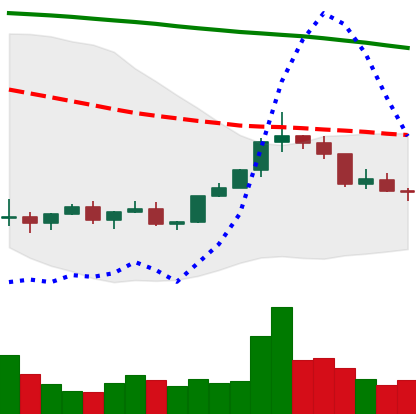
Ticker: XLM-USD
Chart end date: 2022-02-14
Forward return: -3.225%
Label: down_3_5